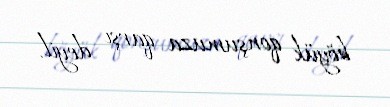
böyük qonşumuza qarşı deyil.